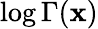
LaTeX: \log\Gamma(\mathbf{x})